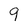
Character: 9